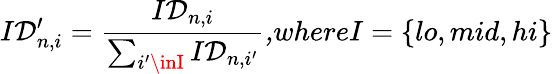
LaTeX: I\mathcal{D}_{n,i}^{\prime}=\frac{{I\mathcal{D}_{n,i}}}{{\sum_{i^{\prime}\inI}I\mathcal{D}_{n,i^{\prime}}}}\textit{{,where}}I=\{ lo,mid,hi\}